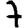
Digit: 7